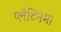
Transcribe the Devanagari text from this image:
प्लैटिनम।